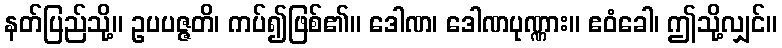
နတ်ပြည်သို့။ ဥပပဇ္ဇတိ၊ ကပ်၍ဖြစ်၏။ ဒေါဏ၊ ဒေါဏပုဏ္ဏား။ ဧဝံခေါ၊ ဤသို့လျှင်။